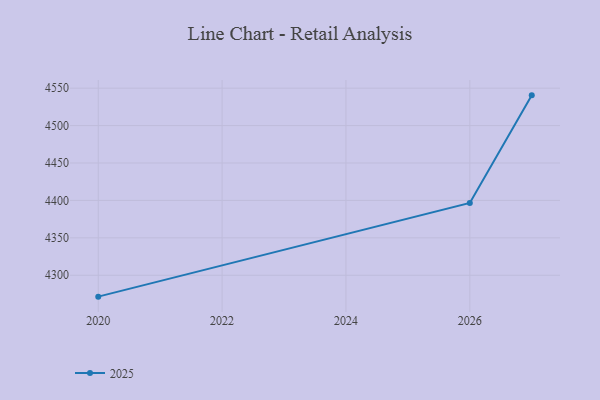
{"axis": {"x": "Year", "y": "Satisfaction Score"}, "legend": ["2025"], "data": [{"x": "2027", "y": 4540.4, "type": "2025"}, {"x": "2026", "y": 4396.7, "type": "2025"}, {"x": "2020", "y": 4271.4, "type": "2025"}]}